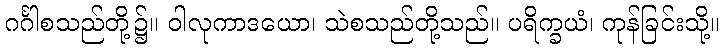
ဂင်္ဂါစသည်တို့၌။ ဝါလုကာဒယော၊ သဲစသည်တို့သည်။ ပရိက္ခယံ၊ ကုန်ခြင်းသို့။